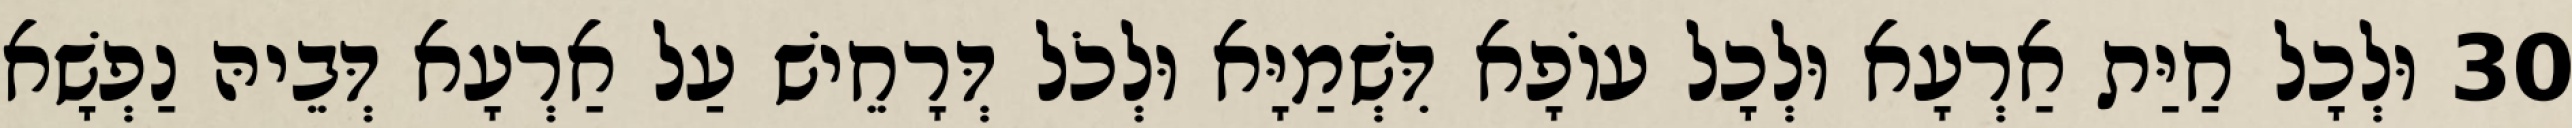
30 וּלְכָל חַיַּת אַרְעָא וּלְכָל עוֹפָא דִּשְׁמַיָּא וּלְכֹל דְּרָחֵישׁ עַל אַרְעָא דְּבֵיהּ נַפְשָׁא